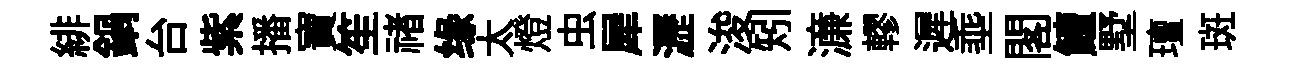
緋鍋台紫播寶笙禇缘太燈虫犀瀝浚矧濓轇遲埀閣鱣墅璮斑